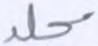
مجلد